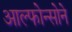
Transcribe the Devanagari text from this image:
आल्फोन्सोने